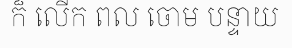
ក៏ លើក ពល ចោម បន្ទាយ